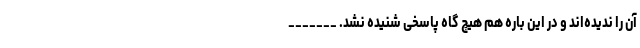
آن را ندیده‌اند و در این باره هم هیچ گاه پاسخی شنیده نشد. _______